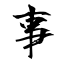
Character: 事